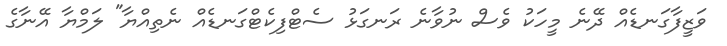
ވަޒީފާގަނޑެއް ދޭނެ މީހަކު ވެސް ނުވާނެ ރަނގަޅު ސެޓްފިކެޓްގަނޑެއް ނެތިއްޔާ" ލަމްޔާ އޭނާގެ